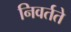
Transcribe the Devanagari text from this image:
निवर्तते